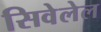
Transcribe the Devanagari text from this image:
सिवेलेल